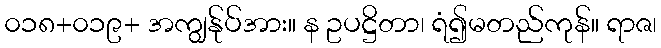
၀၁၈+၀၁၉+ အကျွန်ုပ်အား။ န ဥပဋ္ဌိတာ၊ ရံ၍မတည်ကုန်။ ရာဇ၊